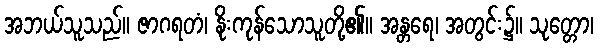
အဘယ်သူသည်။ ဇာဂရတံ၊ နိုးကုန်သောသူတို့၏။ အန္တရေ၊ အတွင်း၌။ သုတ္တော၊